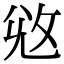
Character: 𢼠